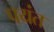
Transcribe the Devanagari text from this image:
पयंत